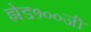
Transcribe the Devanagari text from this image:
झेड१००जी